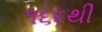
૧૬૬થી